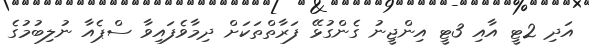
އަދި 2ޓީ އާއި 3ޓީ އިންޖީނު ގެންގުޅޭ ފަރާތްތަކަށް ދިމާވެފައިވާ ސްޕެއާ ނުލިބުމުގެ